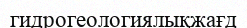
гидрогеологиялықжағд